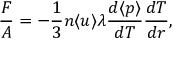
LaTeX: \frac { F } { A } = - \frac { 1 } { 3 } n \langle u \rangle \lambda \frac { d \langle p \rangle } { d T } \frac { d T } { d r } ,